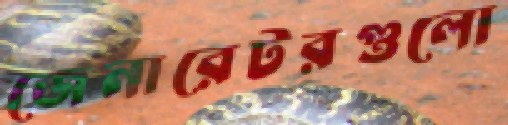
জেনারেটরগুলো